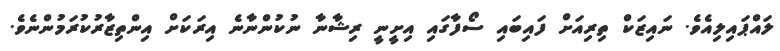
ލައްޕައިލިއެވެ. ނައިޒަކް ތިރިއަށް ފައިބައި ސޯފާގައި އިށީނީ ރިޝާނާ ނުކުންނާނެ އިރަކަށް އިންތިޒާރުކުރަމުންނެވެ.